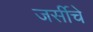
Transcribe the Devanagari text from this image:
जर्सीचे